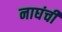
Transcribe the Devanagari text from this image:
नाघंची